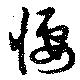
悽